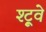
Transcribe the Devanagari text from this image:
श्ट्रूवे